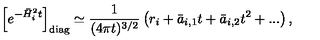
\left[ e ^ { - \bar { H } _ { i } ^ { 2 } t } \right] _ { \mathrm { d i a g } } \simeq { \frac { 1 } { ( 4 \pi t ) ^ { 3 / 2 } } } \left( r _ { i } + \bar { a } _ { i , 1 } t + \bar { a } _ { i , 2 } t ^ { 2 } + . . . \right) ,